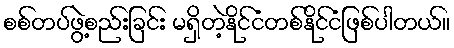
စစ်တပ်ဖွဲ့စည်းခြင်း မရှိတဲ့နိုင်ငံတစ်နိုင်ငံဖြစ်ပါတယ်။